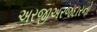
અરજીઅરજદારનો